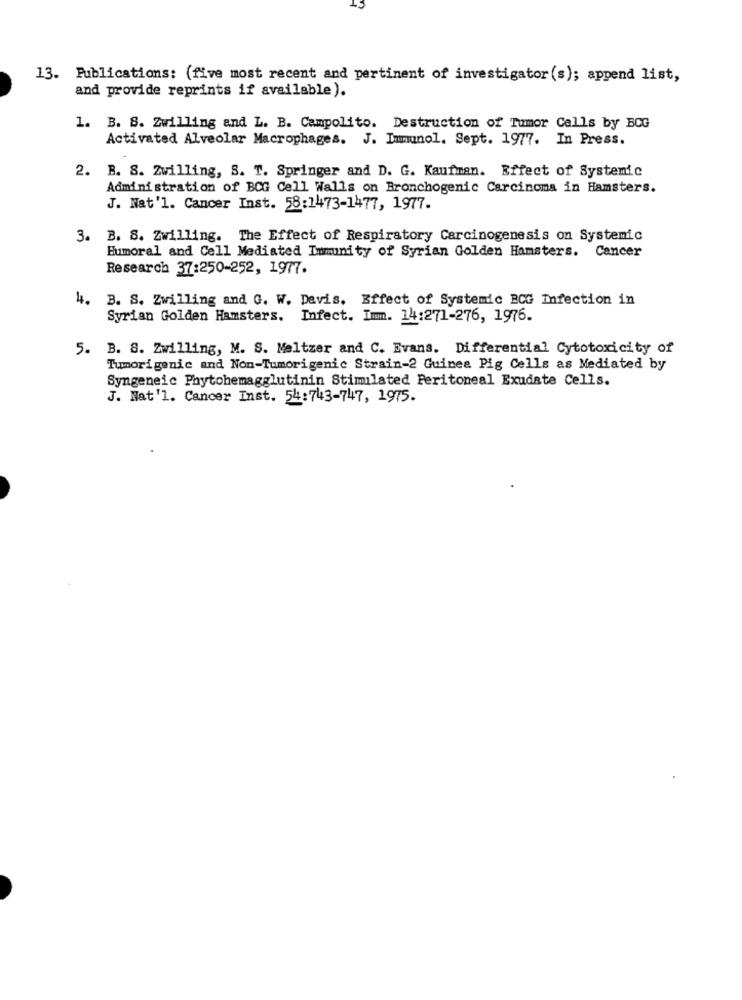
13. Publications: (five most recent and pertinent of investigator(s); append list,
and provide reprints if available).
1. B. S. Zwilling and L. B. Campolito. Destruction of Tumor Calls by BCG
Activated Alveolar Macrophages. J. Immunol. Sept. 1977. In Press.
2. B. S. Zwilling, S. T. Springer and D. G. Kaufman. Effect of Systemic
Administration of BCG Cell Walls on Bronchogenic Carcinoma in Hamsters.
J. Nat'l. Cancer Inst. 58:1473-1477, 1977.
3. B. S. Zwilling. The Effect of Respiratory Carcinogenesis on Systemic
Humoral and Cell Mediated Immunity of Syrian Golden Hamsters. Cancer
Research 37:250-252, 1977.
4. B. S. Zwilling and G. W. Davis. Effect of Systemic BCG Infection in
Syrian Golden Hamsters. Infect. Immm. 14:271-276, 1976.
5. B. S. Zwilling, M. S. Meltzer and C. Evans. Differential Cytotoxicity of
Tumorigenic and Non-Tumorigenic Strain-2 Guinea Pig Cells as Mediated by
Syngeneic Phytohemagglutinin Stimulated Peritoneal Exudate Cells.
J. Nat'l. Cancer Inst. 54:743-747, 1975.